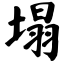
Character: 塌